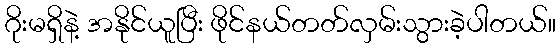
ဂိုးမရှိနဲ့ အနိုင်ယူပြီး ဖိုင်နယ်တတ်လှမ်းသွားခဲ့ပါတယ်။